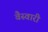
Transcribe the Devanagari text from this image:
वैस्वारी